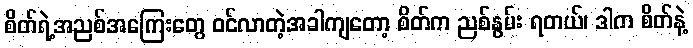
စိတ်ရဲ့အညစ်အကြေးတွေ ဝင်လာတဲ့အခါကျတော့ စိတ်က ညစ်နွမ်း ရတယ်၊ ဒါက စိတ်နဲ့